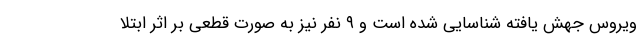
ویروس جهش یافته شناسایی شده است و ۹ نفر نیز به صورت قطعی بر اثر ابتلا